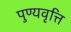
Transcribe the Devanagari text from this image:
पुण्यवृत्ति